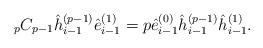
LaTeX: \begin{align*} {}_{p} C_{p - 1} \hat{h}_{i - 1}^{( p - 1 )} \hat{e}_{i - 1}^{( 1 )} = p \hat{e}_{i - 1}^{( 0 )} \hat{h}_{i - 1}^{( p - 1 )} \hat{h}_{i - 1}^{( 1 )}. \end{align*}